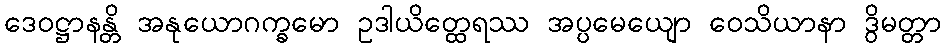
ဒေဝဋ္ဌာနန္တိ အနုယောဂက္ခမော ဥဒါယိတ္ထေရဿ အပ္ပမေယျော ဝေသိယာနာ ဒွိမတ္တာ